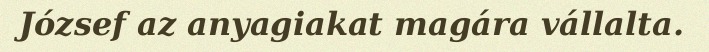
József az anyagiakat magára vállalta.